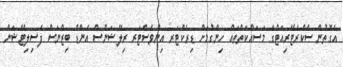
އެގޮތުން ސެކްރެޓޭރިއަޓްގެ މަސައްކަތްތައް ހިންގުމަށް ޑިރެކްޓަރ އިންވެސްޓަރ ރިލޭޝަންސް އެންޑް ބިޒްނަސް ފެސިލިޓޭޝަން